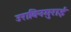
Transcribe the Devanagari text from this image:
उराविनमुराई